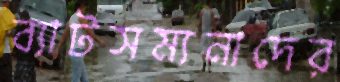
ব্যাটসম্যনাদের